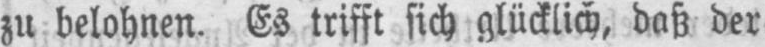
zu belohnen. Es trifft sich glücklich, daß der